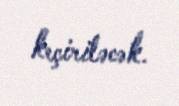
keçiriləcək.